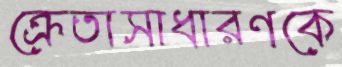
ক্রেতাসাধারণকে